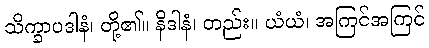
သိက္ခာပဒါနံ၊ တို့၏။ နိဒါနံ၊ တည်း။ ယံယံ၊ အကြင်အကြင်